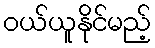
ဝယ်ယူနိုင်မည့်